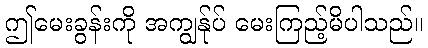
ဤမေးခွန်းကို အကျွန်ုပ် မေးကြည့်မိပါသည်။